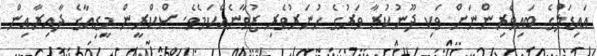
އައިޑަލްގެ ބައިވެރިންނަށް ވަކި ދޫނުކުރާ ވަރުގެ ހުނަރުވެރި ޒުވާނެއްކަމެވެ. ސްކްރީން މީޑިއާގެ ދާއިރާއިން